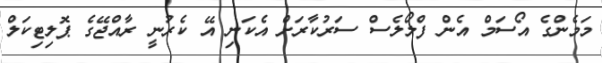
މަމެންގެ އޯސަމް އެން ފްލޯލެސް ސަރުކާރަށް އެކަނި އޭ ކެރުނީ ރާއްޖޭގެ ޕޮލިޓިކަލް